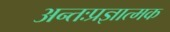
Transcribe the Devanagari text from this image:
अन्तःप्रज्ञात्मक